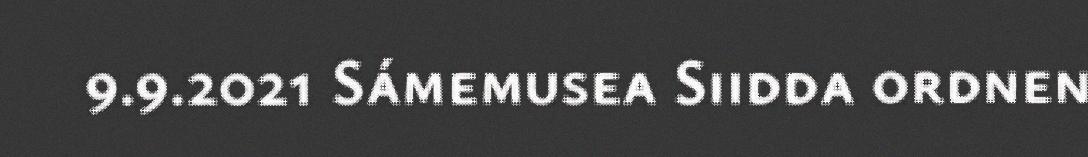
9.9.2021 Sámemusea Siidda ordnen